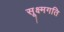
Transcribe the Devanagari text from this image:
सूक्ष्‍मगति